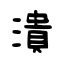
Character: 潰